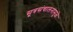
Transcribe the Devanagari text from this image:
सूत्रसंचालनामुळे